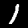
Digit: 1